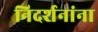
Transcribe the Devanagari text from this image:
निदर्शनांना